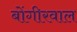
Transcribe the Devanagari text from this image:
बोंगीरवाल